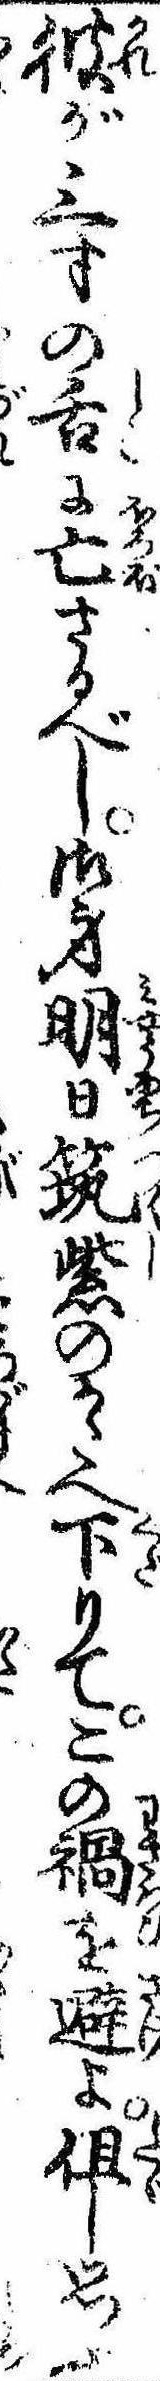
彼が三寸の舌に亡さるべし御身明日筑紫のかたへ下りてこの禍を避よ但し思ふ